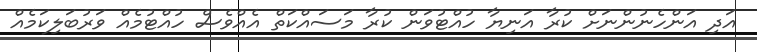
އަދި އަންހެނުންނަށް ކުރާ އަނިޔާ ހުއްޓުވަން ކުރާ މަސައްކަތް އެއްވެސް ހުއްޓުމެއް ވަރުބަލިކަމެއް